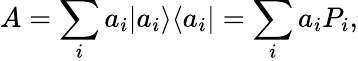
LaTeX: A=\sum_{i}a_{i}|a_{i}\rangle\langle a_{i}|=\sum_{i}a_{i}P_{i},